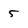
Character: 5